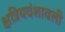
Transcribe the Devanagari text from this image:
क्षत्रियवंशावली